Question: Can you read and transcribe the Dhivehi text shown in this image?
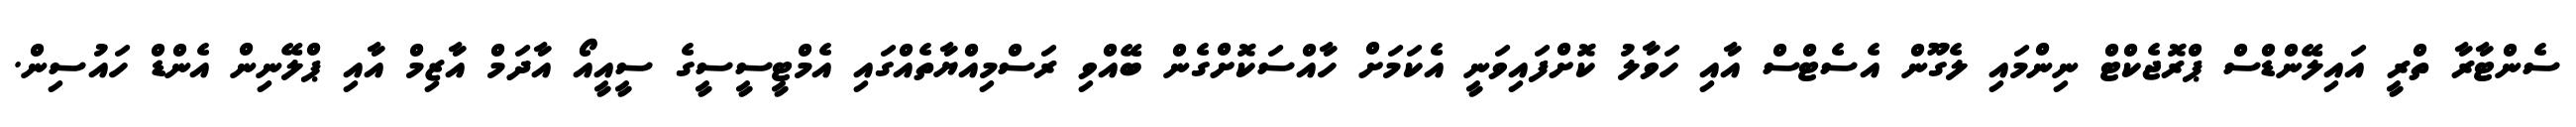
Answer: ސެންޓާރާ ތްރީ އައިލޭންޑްސް ޕްރޮޖެކްޓް ނިންމައި ލެގޫން އެސެޓްސް އާއި ހަވާލު ކޮށްފައިވަނީ އެކަމަށް ހާއްސަކޮށްގެން ބޭއްވި ރަސްމިއްޔާތެއްގައި އެމްޓީސީސީގެ ސީއީއޯ އާދަމް އާޒިމް އާއި ޕްލޭނިން އެންޑް ހައުސިން.